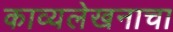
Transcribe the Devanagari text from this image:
काव्यलेखनाचा